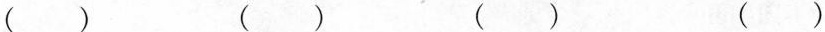
( ) ( ) ( ) ( )